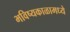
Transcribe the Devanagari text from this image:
भविष्यकाळामध्ये